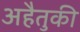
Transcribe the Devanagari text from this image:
अहैतुकी